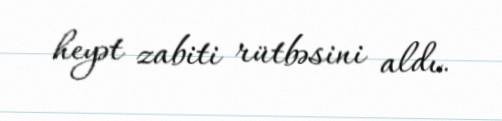
heyət zabiti rütbəsini aldı.